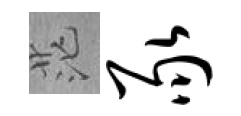
茫豕